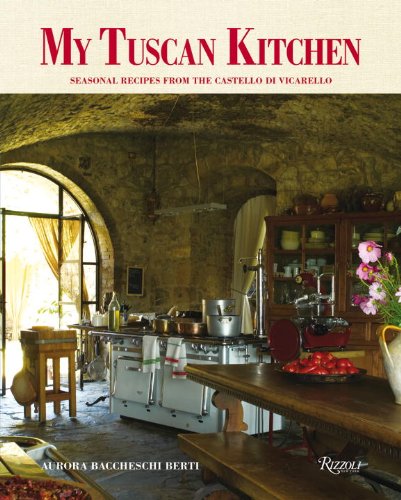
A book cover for My Tuscan Kitchen: Seasonal Recipes from the Castello di Vicarello; Aurora Baccheschi Berti; Cookbooks, Food & Wine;